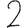
Digit: 2